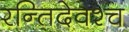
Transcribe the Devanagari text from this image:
रन्तिदेवश्च